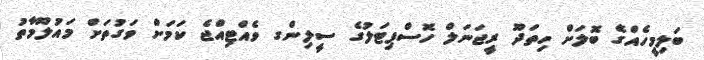
ބަލިމީހެއްގެ ބޮލަށް ހިތަދޫ ރީޖަނަލް ހޮސްޕިޓަލުގެ ސީލިންގ ވެއްޓިއްޖެ ކަމަށް ވަގުތަށް މައުލޫމާތު